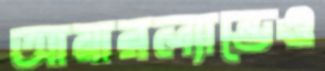
আয়ারল্যান্ডেও